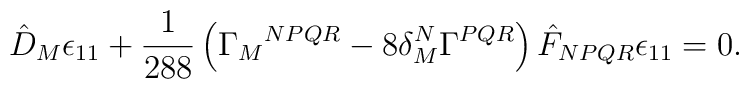
\hat D_M \epsilon_{11} + \frac1{288} \left( \Gamma_M{}^{NPQR} - 8\delta_M^N \Gamma^{PQR} \right) \hat F_{NPQR} \epsilon_{11} = 0.